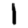
Digit: 1